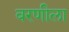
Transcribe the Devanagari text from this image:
बरणीला